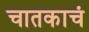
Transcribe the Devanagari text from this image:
चातकाचं